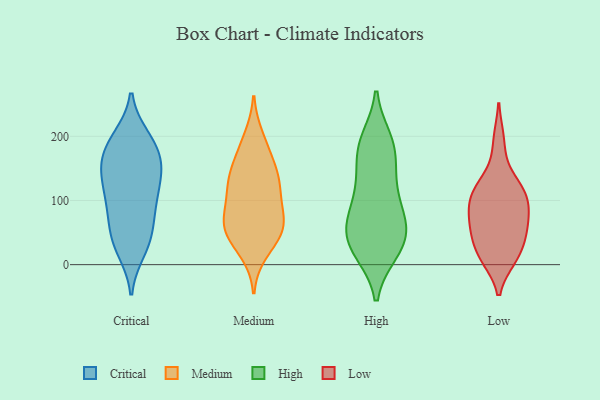
{"axis": {"x": "Website Visitors", "y": "Value"}, "legend": ["Critical", "High", "Low", "Medium"], "data": [{"x": "", "y": 198, "type": "Critical"}, {"x": "", "y": 92, "type": "Critical"}, {"x": "", "y": 193, "type": "Critical"}, {"x": "", "y": 155, "type": "Critical"}, {"x": "", "y": 51, "type": "Critical"}, {"x": "", "y": 175, "type": "Critical"}, {"x": "", "y": 169, "type": "Critical"}, {"x": "", "y": 83, "type": "Critical"}, {"x": "", "y": 34, "type": "Critical"}, {"x": "", "y": 195, "type": "Critical"}, {"x": "", "y": 22, "type": "Critical"}, {"x": "", "y": 63, "type": "Critical"}, {"x": "", "y": 98, "type": "Critical"}, {"x": "", "y": 152, "type": "Critical"}, {"x": "", "y": 134, "type": "Critical"}, {"x": "", "y": 149, "type": "Critical"}, {"x": "", "y": 125, "type": "Critical"}, {"x": "", "y": 30, "type": "Critical"}, {"x": "", "y": 117, "type": "Critical"}, {"x": "", "y": 53, "type": "Medium"}, {"x": "", "y": 131, "type": "Medium"}, {"x": "", "y": 198, "type": "Medium"}, {"x": "", "y": 54, "type": "Medium"}, {"x": "", "y": 64, "type": "Medium"}, {"x": "", "y": 63, "type": "Medium"}, {"x": "", "y": 182, "type": "Medium"}, {"x": "", "y": 37, "type": "Medium"}, {"x": "", "y": 67, "type": "Medium"}, {"x": "", "y": 157, "type": "Medium"}, {"x": "", "y": 119, "type": "Medium"}, {"x": "", "y": 129, "type": "Medium"}, {"x": "", "y": 108, "type": "Medium"}, {"x": "", "y": 143, "type": "Medium"}, {"x": "", "y": 84, "type": "Medium"}, {"x": "", "y": 20, "type": "Medium"}, {"x": "", "y": 22, "type": "High"}, {"x": "", "y": 21, "type": "High"}, {"x": "", "y": 120, "type": "High"}, {"x": "", "y": 30, "type": "High"}, {"x": "", "y": 80, "type": "High"}, {"x": "", "y": 140, "type": "High"}, {"x": "", "y": 60, "type": "High"}, {"x": "", "y": 193, "type": "High"}, {"x": "", "y": 72, "type": "High"}, {"x": "", "y": 112, "type": "High"}, {"x": "", "y": 188, "type": "High"}, {"x": "", "y": 64, "type": "High"}, {"x": "", "y": 48, "type": "High"}, {"x": "", "y": 179, "type": "High"}, {"x": "", "y": 178, "type": "High"}, {"x": "", "y": 29, "type": "High"}, {"x": "", "y": 66, "type": "Low"}, {"x": "", "y": 137, "type": "Low"}, {"x": "", "y": 112, "type": "Low"}, {"x": "", "y": 93, "type": "Low"}, {"x": "", "y": 194, "type": "Low"}, {"x": "", "y": 56, "type": "Low"}, {"x": "", "y": 50, "type": "Low"}, {"x": "", "y": 50, "type": "Low"}, {"x": "", "y": 95, "type": "Low"}, {"x": "", "y": 97, "type": "Low"}, {"x": "", "y": 10, "type": "Low"}, {"x": "", "y": 120, "type": "Low"}, {"x": "", "y": 16, "type": "Low"}, {"x": "", "y": 12, "type": "Low"}]}